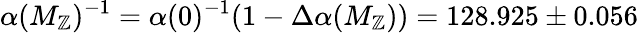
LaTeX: \alpha(M_{\mathbb{Z}})^{-1}=\alpha(0)^{-1}(1-\Delta\alpha(M_{\mathbb{Z}}))=128.925\pm0.056